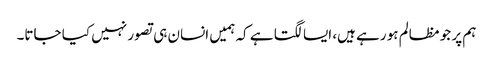
ہم پر جو مظالم ہو رہے ہیں، ایسا لگتا ہے کہ ہمیں انسان ہی تصور نہیں کیا جاتا۔